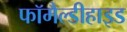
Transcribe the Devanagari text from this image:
फॉमैल्डीहाइड